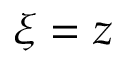
\xi = z